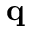
\mathbf { q }